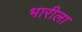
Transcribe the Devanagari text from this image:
भारीला